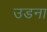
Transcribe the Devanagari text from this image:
उडना